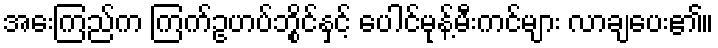
အေးကြည်က ကြက်ဥဟပ်ဘွိုင်နှင့် ပေါင်မုန့်မီးကင်များ လာချပေး၏။